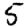
Digit: 5